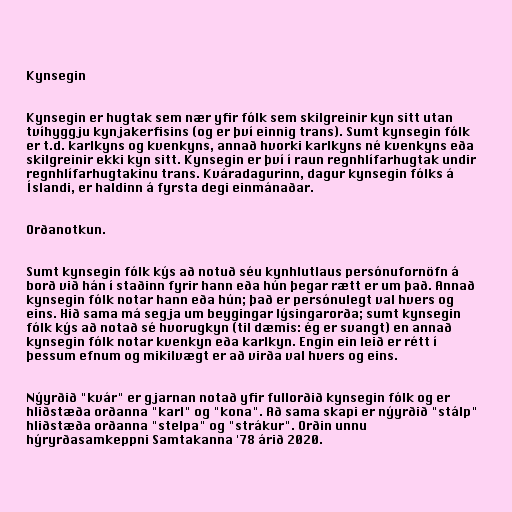
Kynsegin

Kynsegin er hugtak sem nær yfir fólk sem skilgreinir kyn sitt utan
tvíhyggju kynjakerfisins (og er því einnig trans). Sumt kynsegin fólk
er t.d. karlkyns og kvenkyns, annað hvorki karlkyns né kvenkyns eða
skilgreinir ekki kyn sitt. Kynsegin er því í raun regnhlífarhugtak undir
regnhlífarhugtakinu trans. Kváradagurinn, dagur kynsegin fólks á
Íslandi, er haldinn á fyrsta degi einmánaðar.

Orðanotkun.

Sumt kynsegin fólk kýs að notuð séu kynhlutlaus persónufornöfn á
borð við hán í staðinn fyrir hann eða hún þegar rætt er um það. Annað
kynsegin fólk notar hann eða hún; það er persónulegt val hvers og
eins. Hið sama má segja um beygingar lýsingarorða; sumt kynsegin
fólk kýs að notað sé hvorugkyn (til dæmis: ég er svangt) en annað
kynsegin fólk notar kvenkyn eða karlkyn. Engin ein leið er rétt í
þessum efnum og mikilvægt er að virða val hvers og eins.

Nýyrðið "kvár" er gjarnan notað yfir fullorðið kynsegin fólk og er
hliðstæða orðanna "karl" og "kona". Að sama skapi er nýyrðið "stálp"
hliðstæða orðanna "stelpa" og "strákur". Orðin unnu
hýryrðasamkeppni Samtakanna '78 árið 2020.